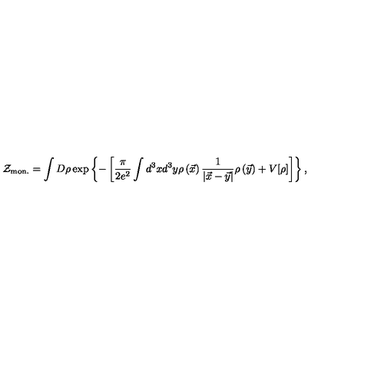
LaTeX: { \cal Z } _ { \mathrm { m o n . } } = \int D \rho \exp \left\{ - \left[ \frac { \pi } { 2 e ^ { 2 } } \int d ^ { 3 } x d ^ { 3 } y \rho \left( \vec { x } { } \right) \frac { 1 } { \left| \vec { x } - \vec { y } { } \right| } \rho \left( \vec { y } { } \right) + V [ \rho ] \right] \right\} ,